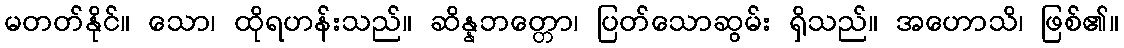
မတတ်နိုင်။ သော၊ ထိုရဟန်းသည်။ ဆိန္နဘတ္တော၊ ပြတ်သောဆွမ်း ရှိသည်။ အဟောသိ၊ ဖြစ်၏။